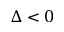
\Delta < 0